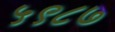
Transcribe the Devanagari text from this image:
५९८७